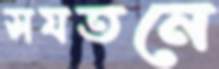
সযতনে